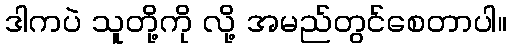
ဒါကပဲ သူတို့ကို လို့ အမည်တွင်စေတာပါ။